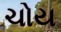
ચોય